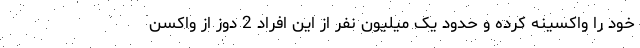
خود را واکسینه کرده و حدود یک میلیون نفر از این افراد 2 دوز از واکسن